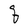
Character: q